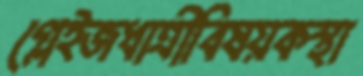
গ্লেইজধাত্রীবিষয়কস্থা